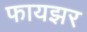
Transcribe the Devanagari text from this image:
फायझर